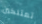
تمتلكين